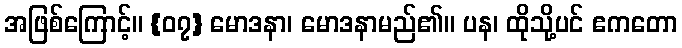
အဖြစ်ကြောင့်။ {၀၇} မောဒနာ၊ မောဒနာမည်၏။ ပန၊ ထိုသို့ပင် ဧကတော